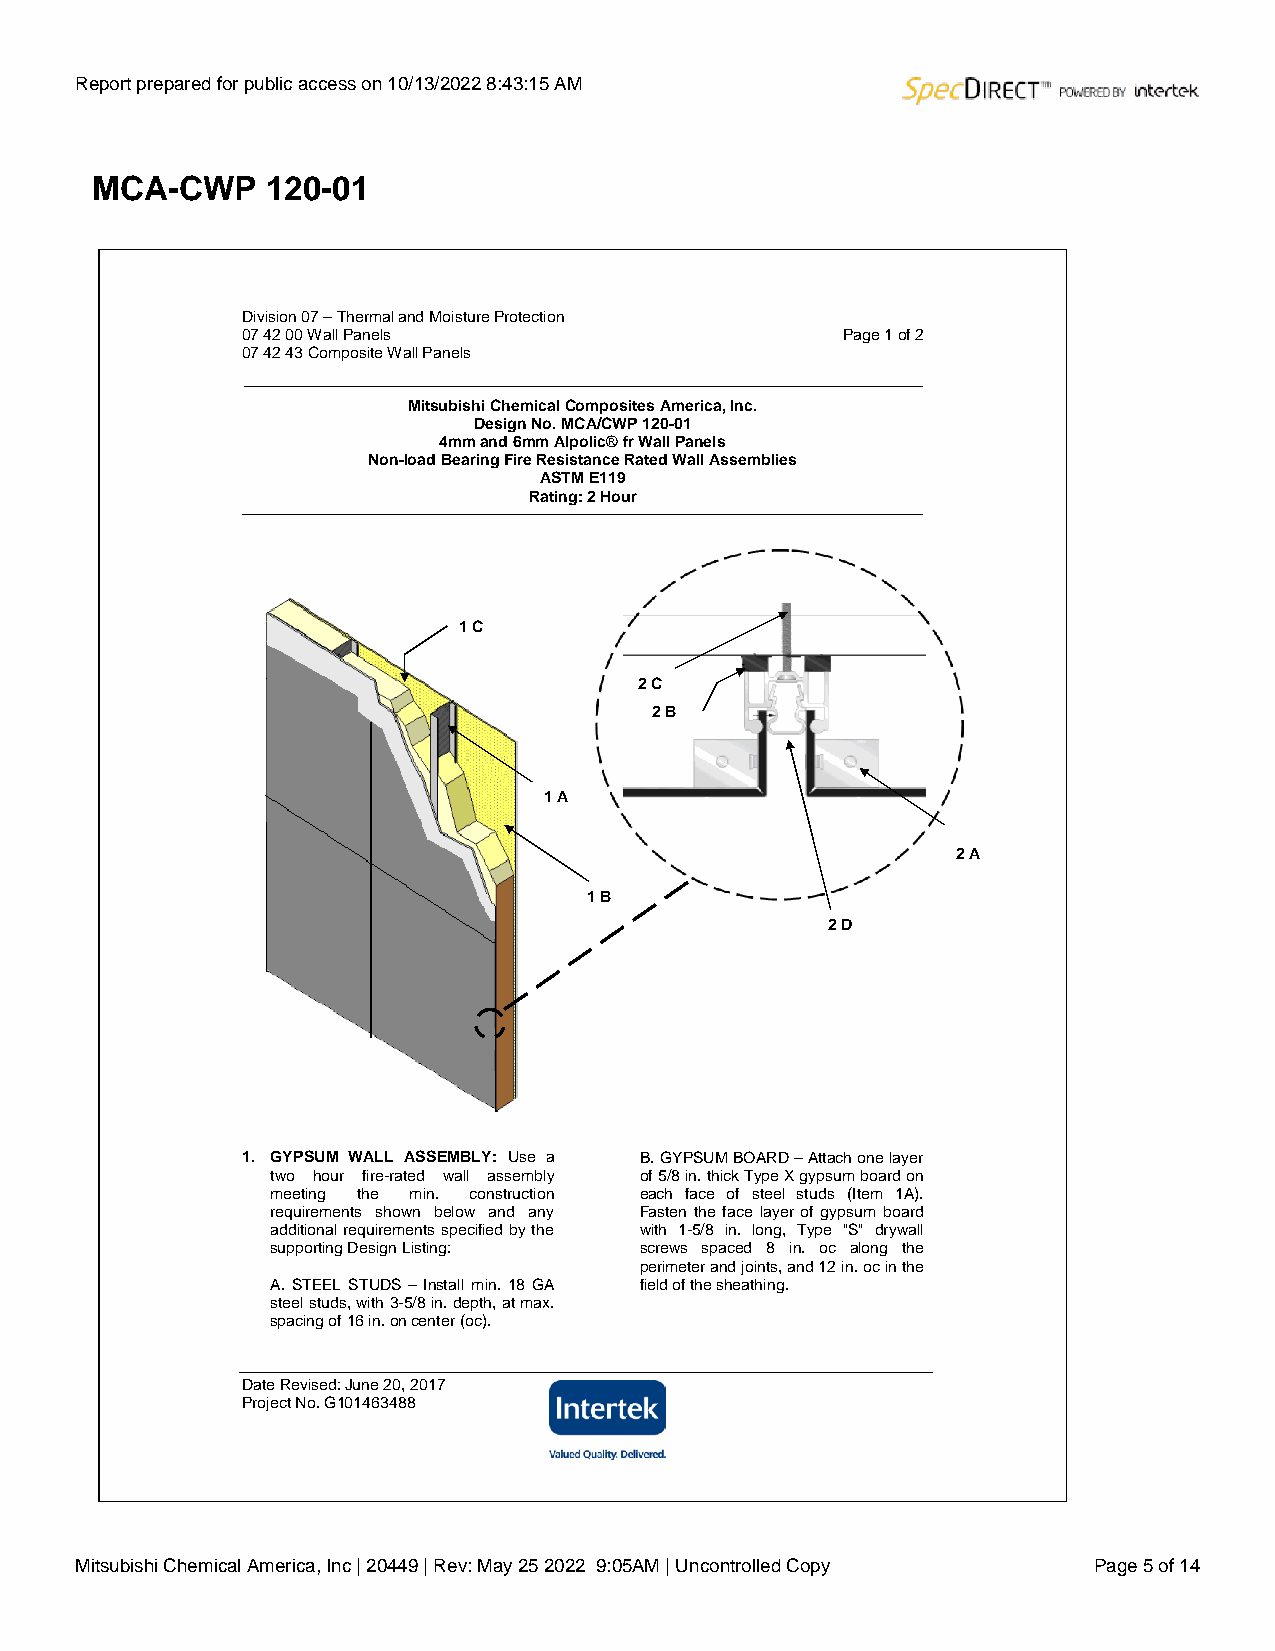
Report prepared for public access on 10/13/2022 8:43:15 AM
 MCA-CWP     120-01
 Division 07 – Thermal and Moisture Protection
 07 42 00 Wall Panels                    Page 1 of 2
 07 42 43 Composite Wall Panels
 Mitsubishi Chemical Composites America, Inc.
 Design No. MCA/CWP 120-01
 4mm and 6mm Alpolic® fr Wall Panels
 Non-load Bearing Fire Resistance Rated Wall Assemblies
 ASTM E119
 Rating: 2 Hour
 1 C
 2 C
 2 B
 1 A
 2 A
 1 B
 2 D
 1. GYPSUM WALL ASSEMBLY: Use a B. GYPSUM BOARD – Attach one layer
 two hour fire-rated wall assembly of 5/8 in. thick Type X gypsum board on
 meeting the min. construction each face of steel studs (Item 1A).
 requirements shown below and any Fasten the face layer of gypsum board
 additional requirements specified by the with 1-5/8 in. long, Type "S" drywall
 supporting Design Listing: screws spaced 8 in. oc along the
 perimeter and joints, and 12 in. oc in the
 A. STEEL STUDS – Install min. 18 GA field of the sheathing.
 steel studs, with 3-5/8 in. depth, at max.
 spacing of 16 in. on center (oc).
 Date Revised: June 20, 2017
 Project No. G101463488
 Mitsubishi Chemical America, Inc | 20449 | Rev: May 25 2022 9:05AM | Uncontrolled Copy Page 5 of 14